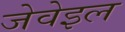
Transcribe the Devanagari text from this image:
जेवेइल